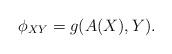
LaTeX: \begin{align*}\phi_{XY}=g(A(X), Y).\end{align*}